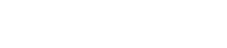
လုပ်ဆောင်သွားမည်ဟု